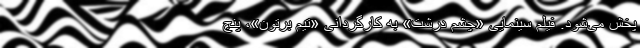
پخش می‌شود. فیلم سینمایی «چشم درشت» به کارگردانی «تیم برتون»، پنج